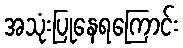
အသုံးပြုနေရကြောင်း